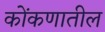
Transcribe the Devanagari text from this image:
कोंकणातील